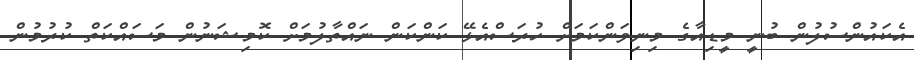
އެކައުންސުލުން ބުނީ މީޑިއާގެ މިނިވަންކަމަށް ހުރަސްއެޅޭ ކަންކަން ނައްތާލުމަށް ކޮމިޝަނުން މަސައްކަތް ކުރުމުން